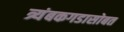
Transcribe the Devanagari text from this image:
त्र्यंबकगडासोबत